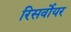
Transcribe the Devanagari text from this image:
रिसर्वोयर